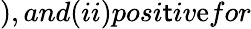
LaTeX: ),and(ii)posi\mathsf{t}iv\mathrm{e}for